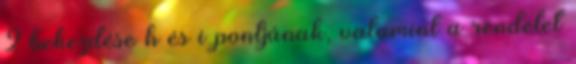
2 bekezdése h és i pontjának, valamint a rendelet